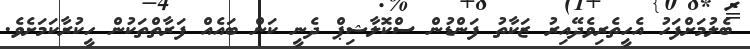
ބެލުމަށްފަހު އެހީތެރިވެދޭއިރު ޒަކާތު ފަންޑުން ސްކޮލާޝިޕް ދެނީ ކަން ބައެއް ފަރާތްތަކުން ހީކުރާކަމަށެވެ.